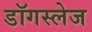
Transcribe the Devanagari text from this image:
डॉगस्लेज